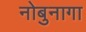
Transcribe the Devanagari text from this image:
नोबुनागा